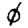
Digit: 0